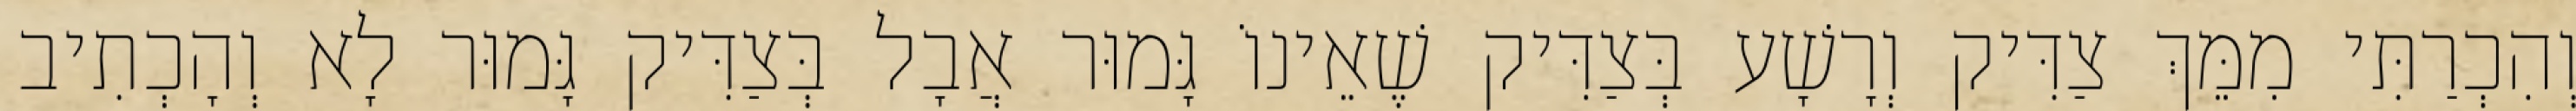
וְהִכְרַתִּי מִמֵּךְ צַדִּיק וְרָשָׁע בְּצַדִּיק שֶׁאֵינוֹ גָּמוּר אֲבָל בְּצַדִּיק גָּמוּר לָא וְהָכְתִיב